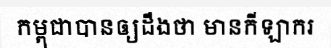
កម្ពុជាបានឲ្យដឹងថា មានកីឡាករ